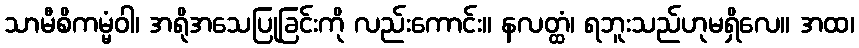
သာမီစိကမ္မံဝါ၊ အရိုအသေပြုခြင်းကို လည်းကောင်း။ နလတ္ထံ၊ ရဘူးသည်ဟုမရှိလေ။ အထ၊